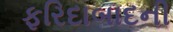
ફરિદાબાદની